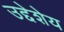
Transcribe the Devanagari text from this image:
उद्देशेय